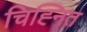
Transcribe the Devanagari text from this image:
चिह्‍नित